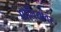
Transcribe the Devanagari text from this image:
पोलियोवर